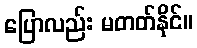
ပြောလည်း မတတ်နိုင်။